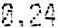
0.24